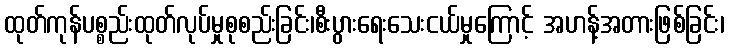
ထုတ်ကုန်ပစ္စည်းထုတ်လုပ်မှုစုစည်းခြင်း၊စီးပွားရေးသေးငယ်မှုကြောင့် အဟန့်အတားဖြစ်ခြင်း၊